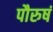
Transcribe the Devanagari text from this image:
पौरुषं